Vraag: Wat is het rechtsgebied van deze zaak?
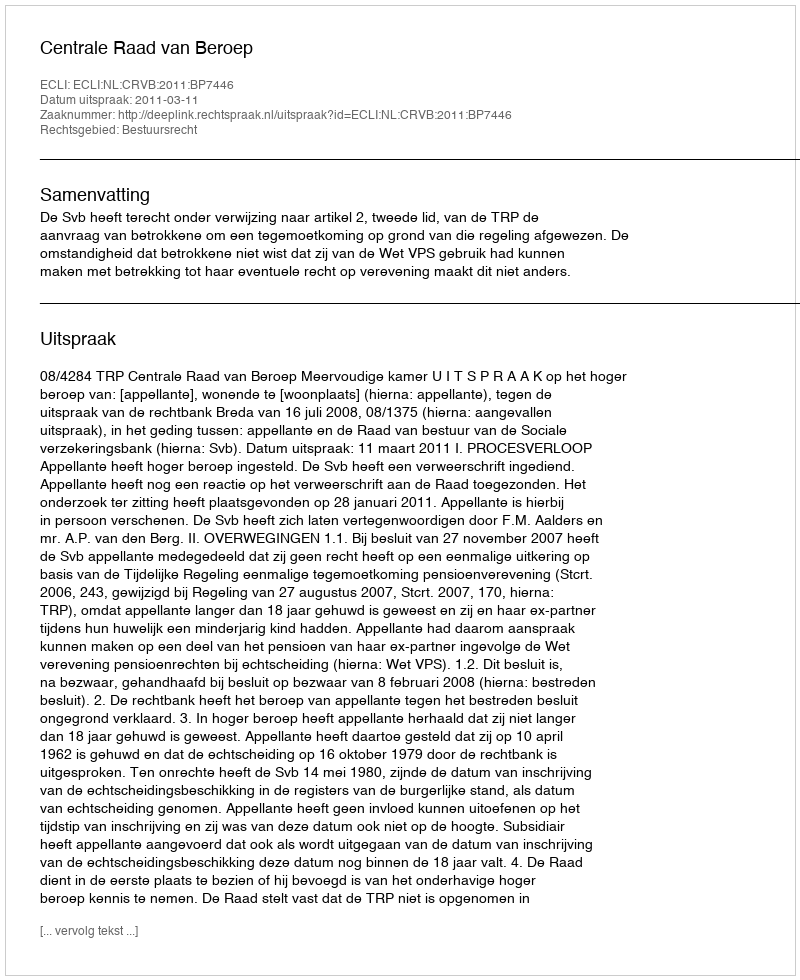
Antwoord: Bestuursrecht